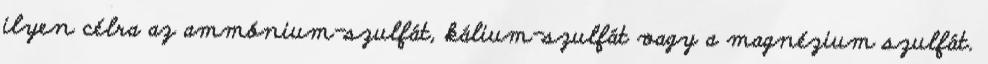
ilyen célra az ammónium-szulfát, kálium-szulfát vagy a magnézium szulfát.